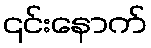
၎င်းနောက်